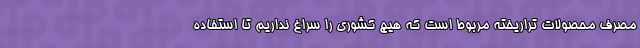
مصرف محصولات تراریخته مربوط است که هیچ کشوری را سراغ نداریم تا استفاده